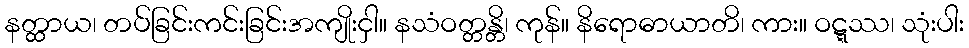
နတ္ထာယ၊ တပ်ခြင်းကင်းခြင်းအကျိုးငှါ။ နသံဝတ္တန္တိ၊ ကုန်။ နိရောဓာယာတိ၊ ကား။ ဝဋ္ဋဿ၊ သုံးပါး